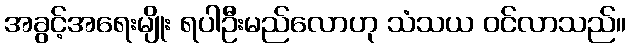
အခွင့်အရေးမျိုး ရပါဦးမည်လောဟု သံသယ ဝင်လာသည်။